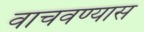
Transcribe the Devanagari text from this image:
वाचवण्यास